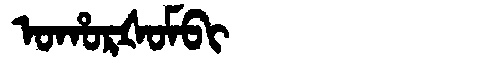
Manchu: ᠣᡥᠣᡵᡧᠣᠮᠪᡳ
Romanization: OHORŠOMBI